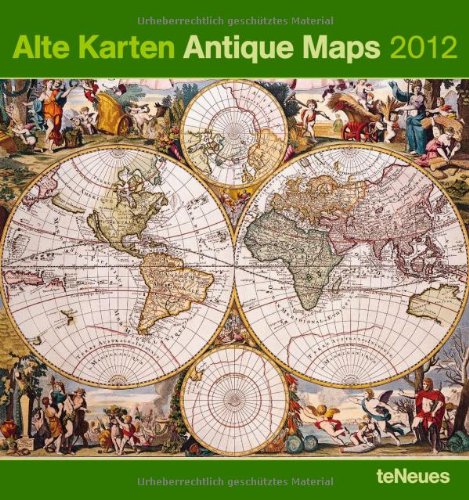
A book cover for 2012 Antique Maps  Poster Calendar; Calendars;